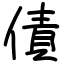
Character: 債